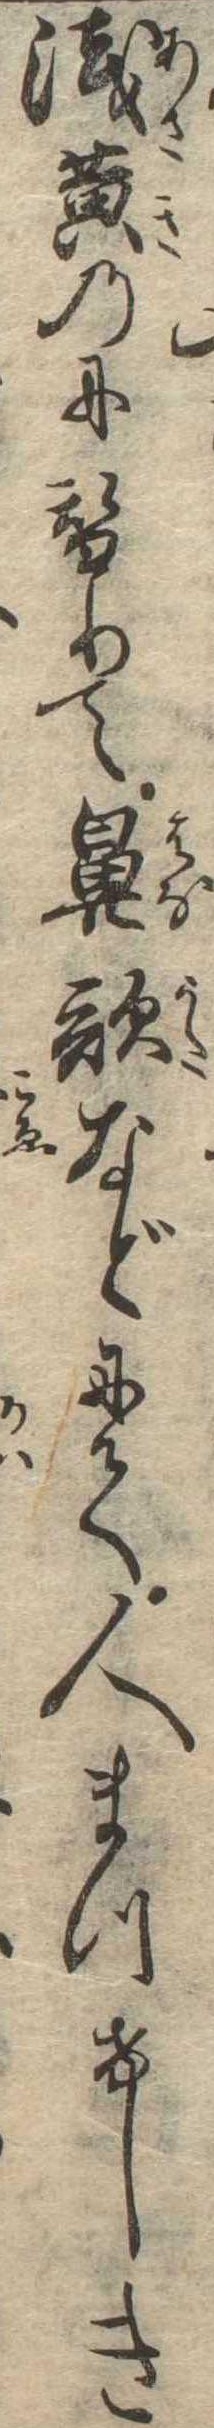
浅黄のに替りて鼻歌などにて人まつけしき